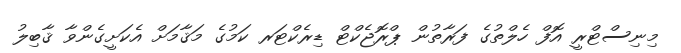
މިނިސްޓްރީ އޮފް ހެލްތުގެ ފަރާތުން ޕްރޮޖެކްޓް ޑިރެކްޓަރ ކަމުގެ މަޤާމަށް އެކަށީގެންވާ ޤާބިލު